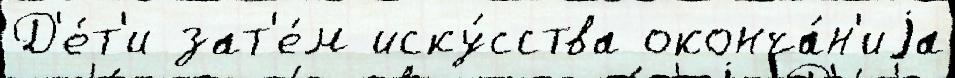
Д'е́т'и зат'е́м иску́сства оконча́н'иjа